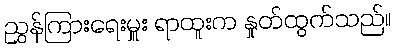
ညွှန်ကြားရေးမှူး ရာထူးက နှုတ်ထွက်သည်။